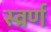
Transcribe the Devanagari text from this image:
स्व्रर्ण